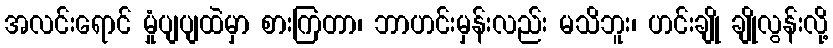
အလင်းရောင် မှုံပျပျထဲမှာ စားကြတာ၊ ဘာဟင်းမှန်းလည်း မသိဘူး၊ ဟင်းချို ချိုလွန်းလို့